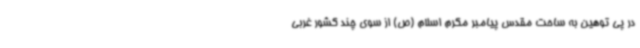
در پی توهین به ساحت مقدس پیامبر مکرم اسلام (ص) از سوی چند کشور غربی